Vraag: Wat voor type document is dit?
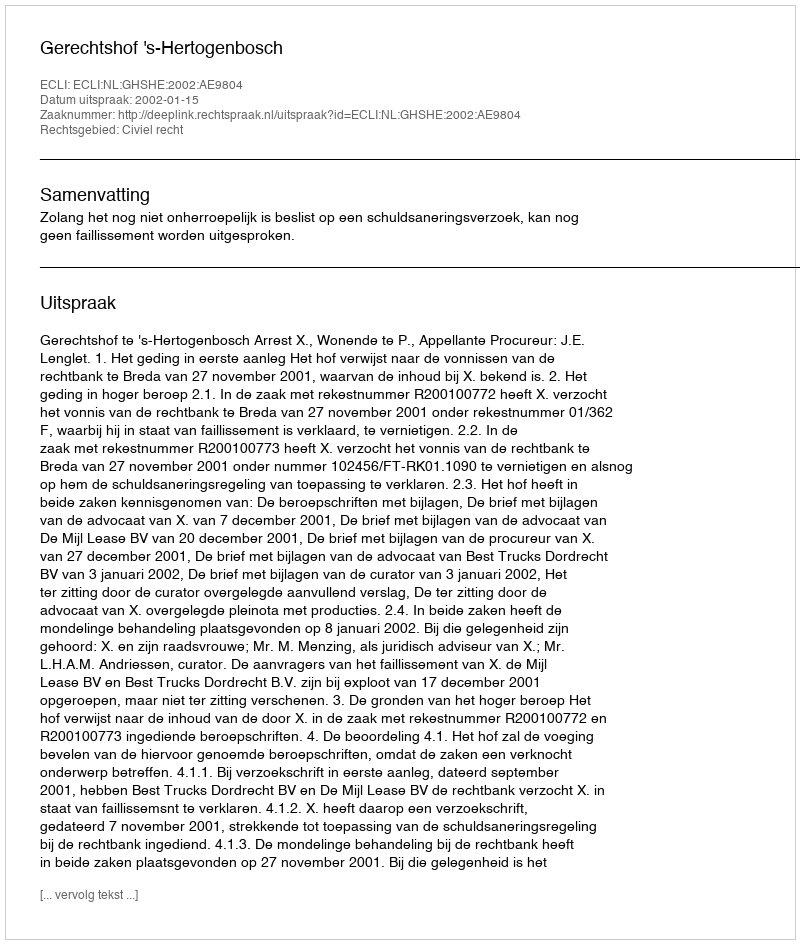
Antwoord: Uitspraak